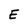
Character: E